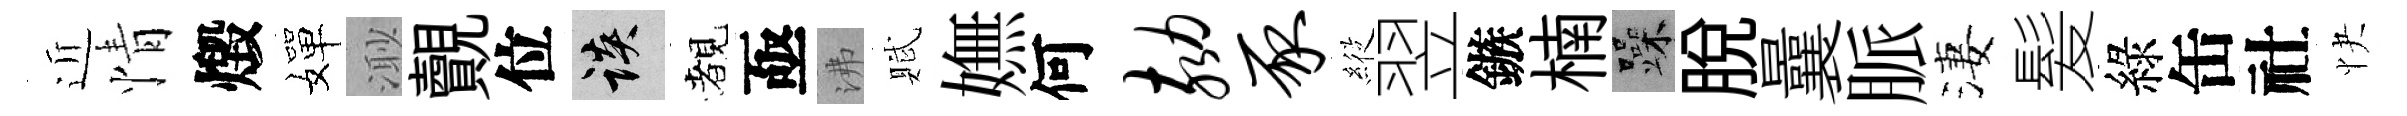
近情燬嬋𣺌覿位談覩亟沸賦嫵何劾豕𦂵翌鏃楠躁脱曩脈淒髪綠缶社快